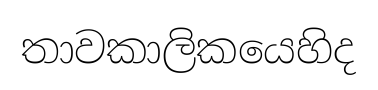
තාවකාලිකයෙහිද